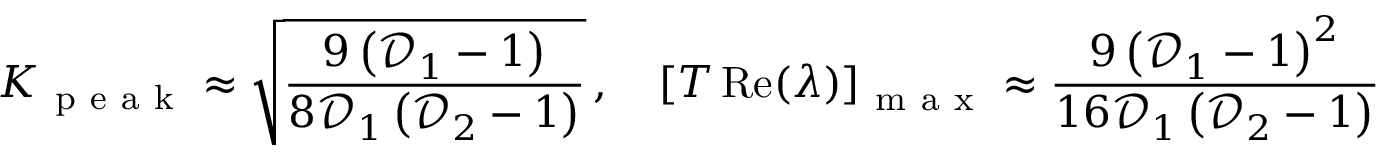
K _ { \mathrm { ~ p ~ e ~ a ~ k ~ } } \approx \sqrt { \frac { 9 \left( \mathcal { D } _ { 1 } - 1 \right) } { 8 \mathcal { D } _ { 1 } \left( \mathcal { D } _ { 2 } - 1 \right) } } \, , \quad \left[ T \operatorname { R e } ( \lambda ) \right] _ { \mathrm { ~ m ~ a ~ x ~ } } \approx \frac { 9 \left( \mathcal { D } _ { 1 } - 1 \right) ^ { 2 } } { 1 6 \mathcal { D } _ { 1 } \left( \mathcal { D } _ { 2 } - 1 \right) }